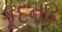
કૂદનાર